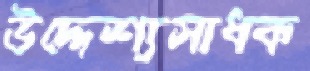
উদ্দেশ্যসাধক